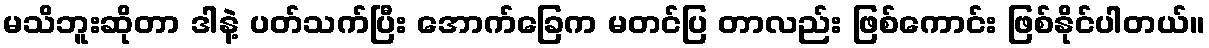
မသိဘူးဆိုတာ ဒါနဲ့ ပတ်သက်ပြီး အောက်ခြေက မတင်ပြ တာလည်း ဖြစ်ကောင်း ဖြစ်နိုင်ပါတယ်။